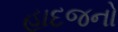
હાદજનો